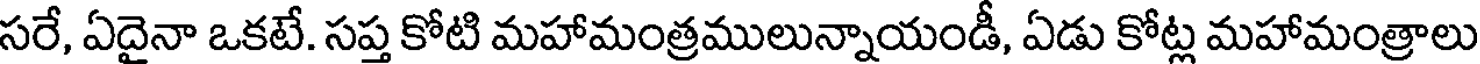
సరే, ఏదైనా ఒకటే. సప్త కోటి మహామంత్రములున్నాయండీ, ఏడు కోట్ల మహామంత్రాలు